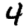
Digit: 4